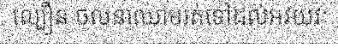
ល្បឿន ចលនាឈាមរត់ទៅដល់អវយវៈ